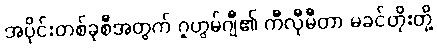
အပိုင်းတစ်ခုစီအတွက် ဂူဟွမ်ဂျီ၏ ကီလီုမီတာ မခင်တိုးတို့